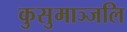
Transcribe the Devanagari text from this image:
कुसुमाञ्जलि